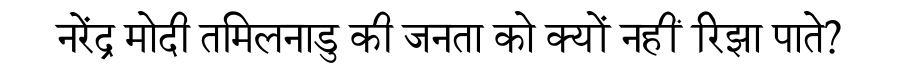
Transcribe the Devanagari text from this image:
नरेंद्र मोदी तमिलनाडु की जनता को क्यों नहीं रिझा पाते?